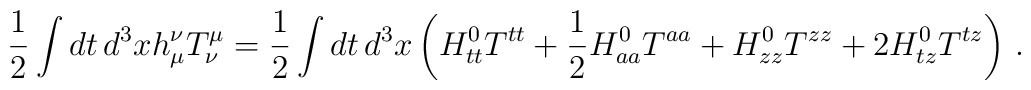
\frac{1}{2}\int dt \, d^3 x h_\mu^\nu T_\nu^\mu  =  \frac{1}{2} \int dt \, d^3 x \left( H_{tt}^0 T^{tt} + \frac{1}{2}H_{aa}^0 T^{aa} + H_{zz}^0 T^{zz} + 2 H_{tz}^0 T^{tz} \right) \,.